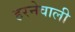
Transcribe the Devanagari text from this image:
हरनेवाली